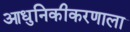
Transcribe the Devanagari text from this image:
आधुनिकीकरणाला